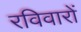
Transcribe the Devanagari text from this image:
रविवारों